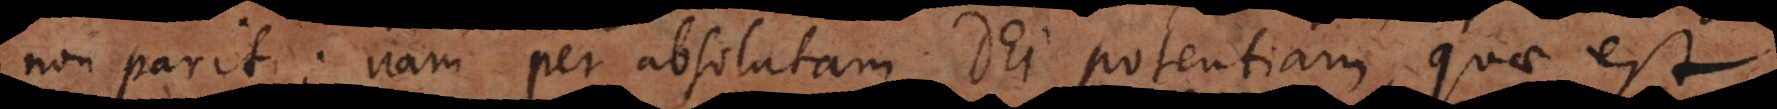
non parit: nam per absolutam Dei potentiam quae est